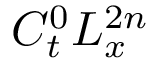
C _ { t } ^ { 0 } L _ { x } ^ { 2 n }